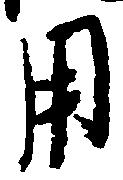
用